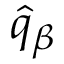
\hat { q } _ { \beta }